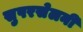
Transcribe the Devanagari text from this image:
सुपरसेलनी